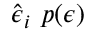
\hat { \boldsymbol { \epsilon } } _ { i } ~ p ( \boldsymbol { \epsilon } )